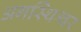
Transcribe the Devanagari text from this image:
अगस्थिश्वर